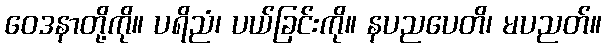
ဝေဒနာတို့ကို။ ပရိညံ၊ ပယ်ခြင်းကို။ နပညပေတိ၊ မပညတ်။